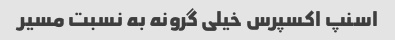
اسنپ اکسپرس خیلی گرونه به نسبت مسیر